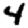
Digit: 4